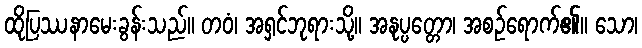
ထိုပြဿနာမေးခွန်းသည်။ တဝံ၊ အရှင်ဘုရားသို့။ အနုပ္ပတ္တော၊ အစဉ်ရောက်၏။ သော၊